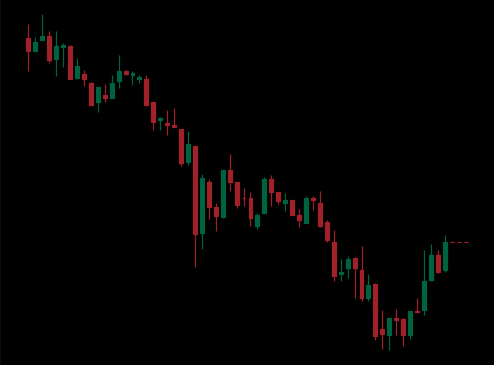
Pattern: bull_flag